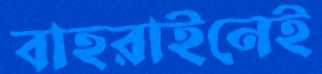
বাহরাইনেই